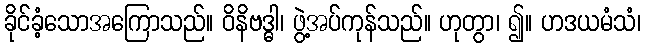
ခိုင်ခံ့သောအကြောသည်။ ဝိနိဗဒ္ဓါ၊ ဖွဲ့အပ်ကုန်သည်။ ဟုတွာ၊ ၍။ ဟဒယမံသံ၊